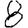
Digit: 8